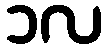
၁လ